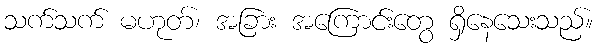
သက်သက် မဟုတ်၊ အခြား အကြောင်းတွေ ရှိနေသေးသည်။